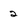
Character: 2